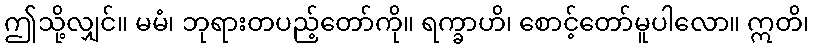
ဤသို့လျှင်။ မမံ၊ ဘုရားတပည့်တော်ကို။ ရက္ခာဟိ၊ စောင့်တော်မူပါလော။ ဣတိ၊